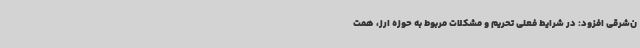
ن‌شرقی افزود: در شرایط فعلی تحریم و مشکلات مربوط به حوزه ارز، همت